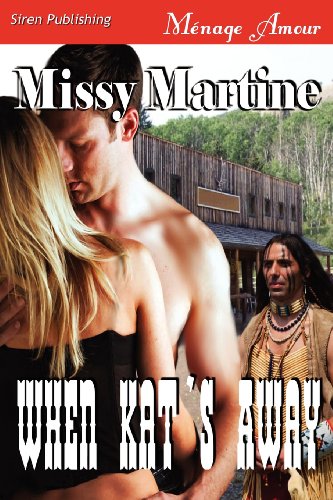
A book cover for When Kat's Away [Sequel to Anna Doubles Down] (Siren Publishing Menage Amour); Missy Martine; Romance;